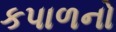
કપાળનો